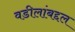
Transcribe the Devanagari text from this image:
वडीलांबद्दल